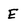
Character: E